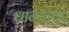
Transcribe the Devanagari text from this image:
धान्यावर